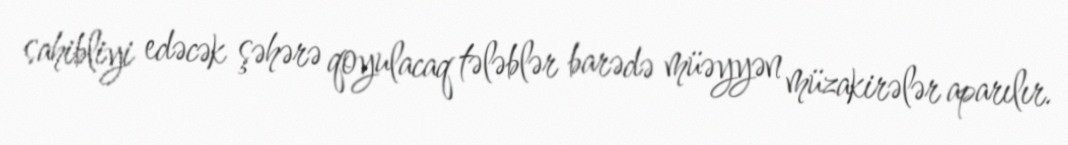
sahibliyi edəcək şəhərə qoyulacaq tələblər barədə müəyyən müzakirələr aparılır.